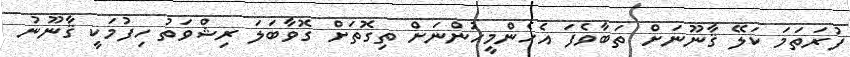
ފުރަތަމަ ކަލޭ ޤާނޫނަށް ތަބާވެފަ އެހެންމީހުންނަށް ތިގޮތަށް ގޮވާބަލަ ރިޝްވަތު ހިފުމަކީ ޤާނޫނު